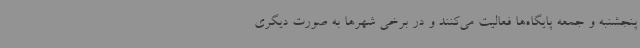
پنجشنبه و جمعه پایگاه‌ها فعالیت می‌کنند و در برخی شهرها به صورت دیگری